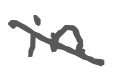
Text: in
Cross-out: diagonal
Writing tool: digital_gray